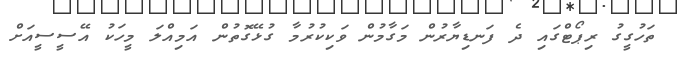
ތަހުގީގު ރިޕޯޓްގައި ދެ ފަނޑިޔާރުން މަގާމުން ވަކިކުރުމާ ގުޅޭގޮތުން އަމިއްލަ މީހަކު އޭސީސީއަށް